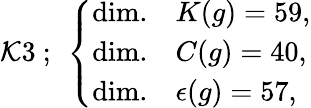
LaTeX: \mathcal{K}3~;~\left\{ \begin{array}{ll}{{\mathrm{dim.}}}&{{K(g)=59,}}\\ {{\mathrm{dim.}}}&{{C(g)=40,}}\\ {{\mathrm{dim.}}}&{{\epsilon(g)=57,}}\end{array}\right.